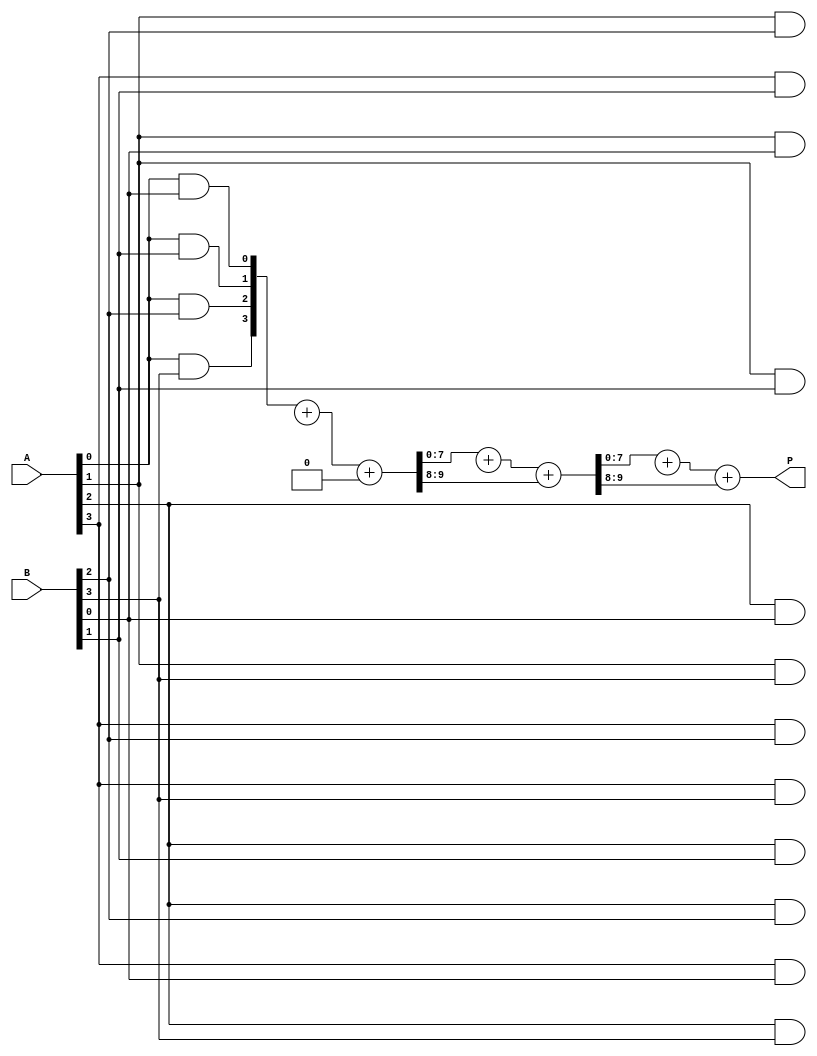
module array_multiplier #(parameter m = 4, n = 4) (
    input [m-1:0] A,    // m-bit input A
    input [n-1:0] B,    // n-bit input B
    output [m+n-1:0] P  // (m+n)-bit output product P
);

    // Partial product array
    wire [m+n-1:0] pp[m-1:0]; // pp[i] is the i-th partial product

    // Generate partial products
    genvar i, j;
    generate
        for (i = 0; i < m; i = i + 1) begin : pp_gen
            for (j = 0; j < n; j = j + 1) begin : pp_and
                assign pp[i][i+j] = A[i] & B[j]; // AND gate for partial product
            end
        end
    endgenerate

    // Sum the partial products
    wire [m+n-1:0] sum[m-1:0];
    wire [m+n-1:0] carry[m-1:0];

    // Initialize the first partial product
    assign sum[0] = pp[0];
    assign carry[0] = 0;

    // Add partial products using full adders
    generate
        for (i = 1; i < m; i = i + 1) begin : adder
            wire [m+n-1:0] a = sum[i-1];
            wire [m+n-1:0] b = pp[i];
            wire [m+n-1:0] s;
            wire [m+n-1:0] c;

            // Full adder logic
            assign {c, s} = a + b + carry[i-1]; // Sum with carry from previous stage

            assign sum[i] = s;
            assign carry[i] = c;
        end
    endgenerate

    // Final output is the last sum
    assign P = sum[m-1];

endmodule